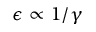
\epsilon \propto 1 / \gamma